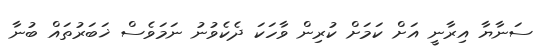
ސަނާޔާ އިރާނީ އަށް ކަމަށް ކުރިން ވާހަކަ ދެކެވުނު ނަމަވެސް ޚަބަރުތައް ބުނާ